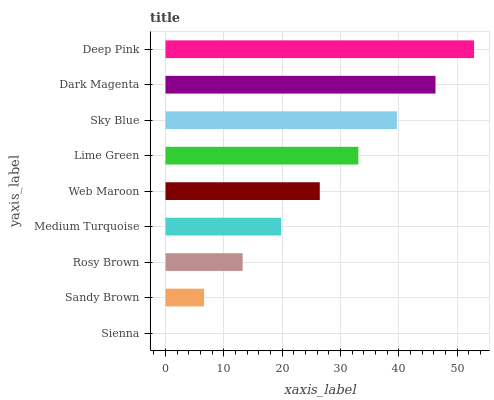
| yaxis_label | bars |
 | --- | --- |
 | Sienna | 0 |
 | Sandy Brown | 6.61 |
 | Rosy Brown | 13.2 |
 | Medium Turquoise | 19.8 |
 | Web Maroon | 26.4 |
 | Lime Green | 33.1 |
 | Sky Blue | 39.7 |
 | Dark Magenta | 46.3 |
 | Deep Pink | 52.9 |